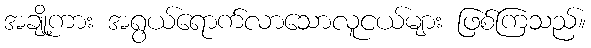
အချို့ကား အရွယ်ရောက်လာသောလူငယ်များ ဖြစ်ကြသည်။